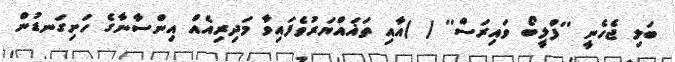
ބަލި ޖެހެނީ ''ފްލީބޯ ވައިރަސް'' ( )އާއި ތަޣައްޔަރުވެފައިވާ މަދިރިއެއް އިންސާނާގެ ހަށިގަނޑުން